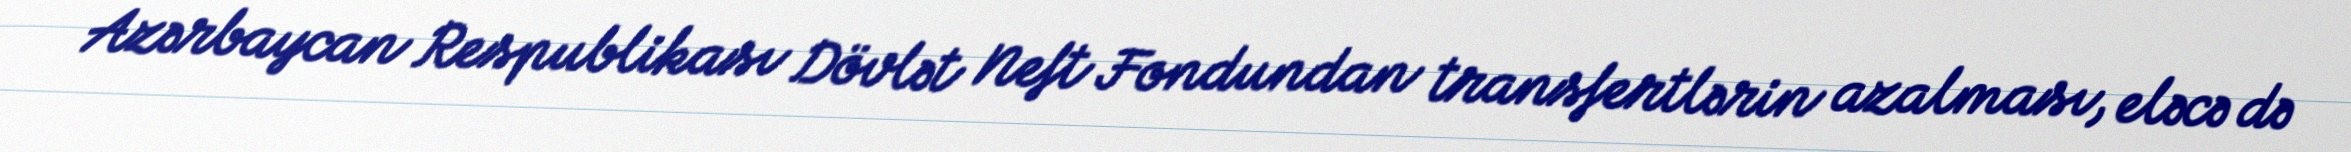
Azərbaycan Respublikası Dövlət Neft Fondundan transfertlərin azalması, eləcə də